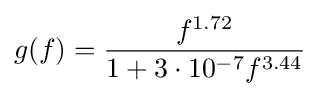
g(f)={\frac {f^{1.72}}{1+3\cdot 10^{-7}f^{3.44}}}